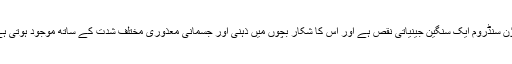
ڈاؤن سنڈروم ایک سنگین جینیاتی نقص ہے اور اس کا شکار بچوں میں ذہنی اور جسمانی معذوری مختلف شدت کے ساتھ موجود ہوتی ہے۔